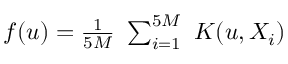
\begin{array} { r } { f ( u ) = \frac { 1 } { 5 M } ~ \sum _ { i = 1 } ^ { 5 M } ~ K ( u , X _ { i } ) } \end{array}